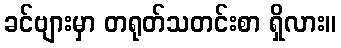
ခင်ဗျားမှာ တရုတ်သတင်းစာ ရှိလား။